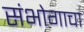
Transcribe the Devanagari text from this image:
संभोगाचा